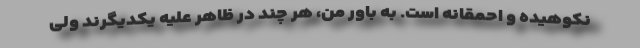
نکوهیده و احمقانه است. به باور من، هر چند در ظاهر علیه یکدیگرند ولی